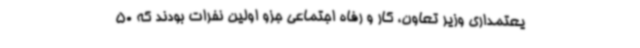
یعتمداری وزیر تعاون، کار و رفاه اجتماعی جزو اولین نفرات بودند که 50